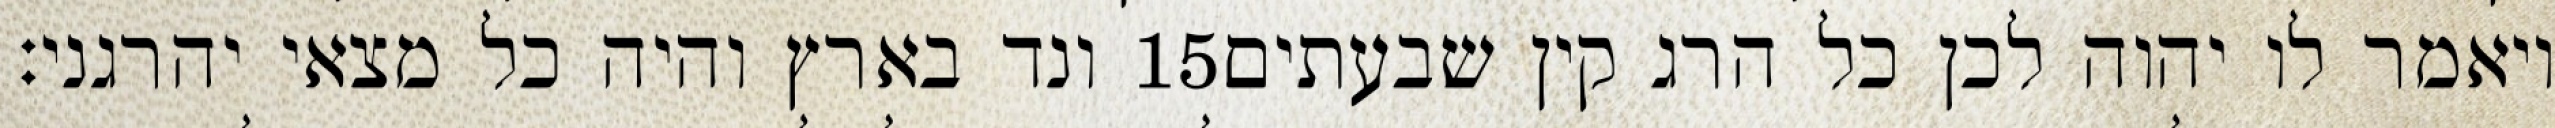
ונד בארץ והיה כל מצאי יהרגני׃ ‎15‏ ויאמר לו יהוה לכן כל הרג קין שבעתים